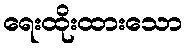
ရေးထိုးထားသော